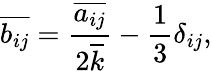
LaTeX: \overline{{b_{ij}}}=\frac{\overline{{a_{ij}}}}{2\overline{{k}}}-\frac{1}{3}\delta_{ij},